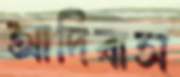
আদিবাস